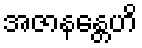
အဇာနန္တေဟိ